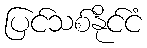
ပြင်သစ်နိုင်ငံ